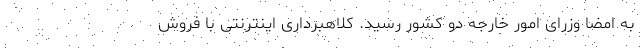
به امضا وزرای امور خارجه دو کشور رسید. کلاهبرداری اینترنتی با فروش